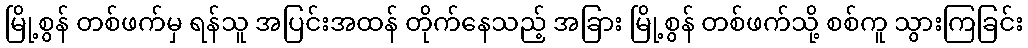
မြို့စွန် တစ်ဖက်မှ ရန်သူ အပြင်းအထန် တိုက်နေသည့် အခြား မြို့စွန် တစ်ဖက်သို့ စစ်ကူ သွားကြခြင်း